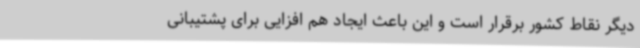
دیگر نقاط کشور برقرار است و این باعث ایجاد هم افزایی برای پشتیبانی